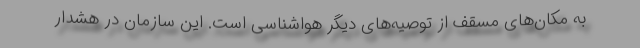
به مکان‌های مسقف از توصیه‌های دیگر هواشناسی است. این سازمان در هشدار